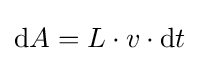
\mathrm {d} A=L\cdot v\cdot \mathrm {d} t